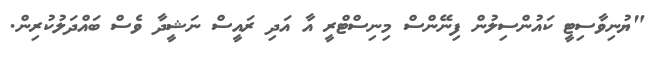
"ޔުނިވާސިޓީ ކައުންސިލުން ފިނޭންސް މިނިސްޓްރީ އާ އަދި ރައީސް ނަޝީދާ ވެސް ބައްދަލުކުރިން.